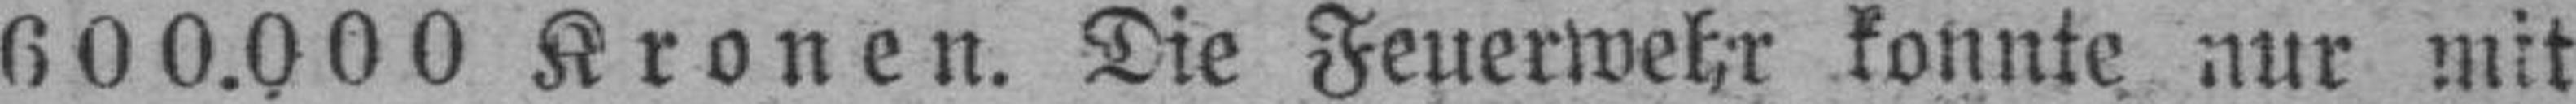
600.000 Kronen. Die Feuerwehr konnte nur mit